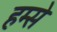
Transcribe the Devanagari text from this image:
हम्से